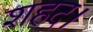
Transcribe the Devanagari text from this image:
शहद।